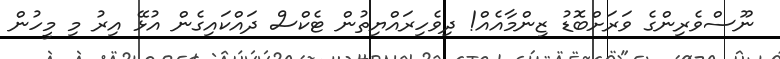
ނޫސްވެރިންގެ ވަރަށްބޮޑު ޒިންމާއެއް! ދިވެހިރައްޔިތުން ޓެކްސް ދައްކައިގެން އުޅޭ އިރު މި މީހުން